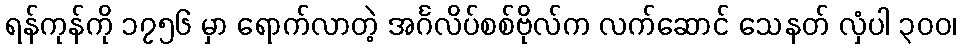
ရန်ကုန်ကို ၁၇၅၆ မှာ ရောက်လာတဲ့ အင်္ဂလိပ်စစ်ဗိုလ်က လက်ဆောင် သေနတ် လှံပါ ၃၀၀၊